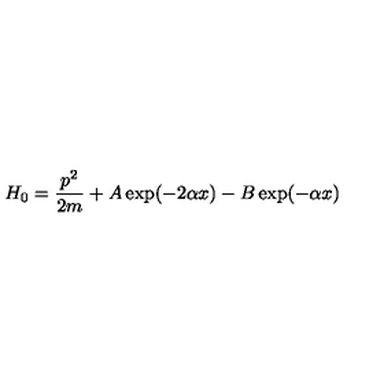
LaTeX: H _ { 0 } = \frac { p ^ { 2 } } { 2 m } + A \exp ( - 2 \alpha x ) - B \exp ( - \alpha x )